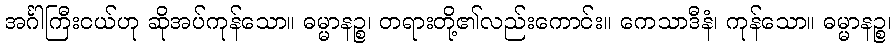
အင်္ဂါကြီးငယ်ဟု ဆိုအပ်ကုန်သော။ ဓမ္မာနဉ္စ၊ တရားတို့၏လည်းကောင်း။ ကေသာဒီနံ၊ ကုန်သော။ ဓမ္မာနဉ္စ၊